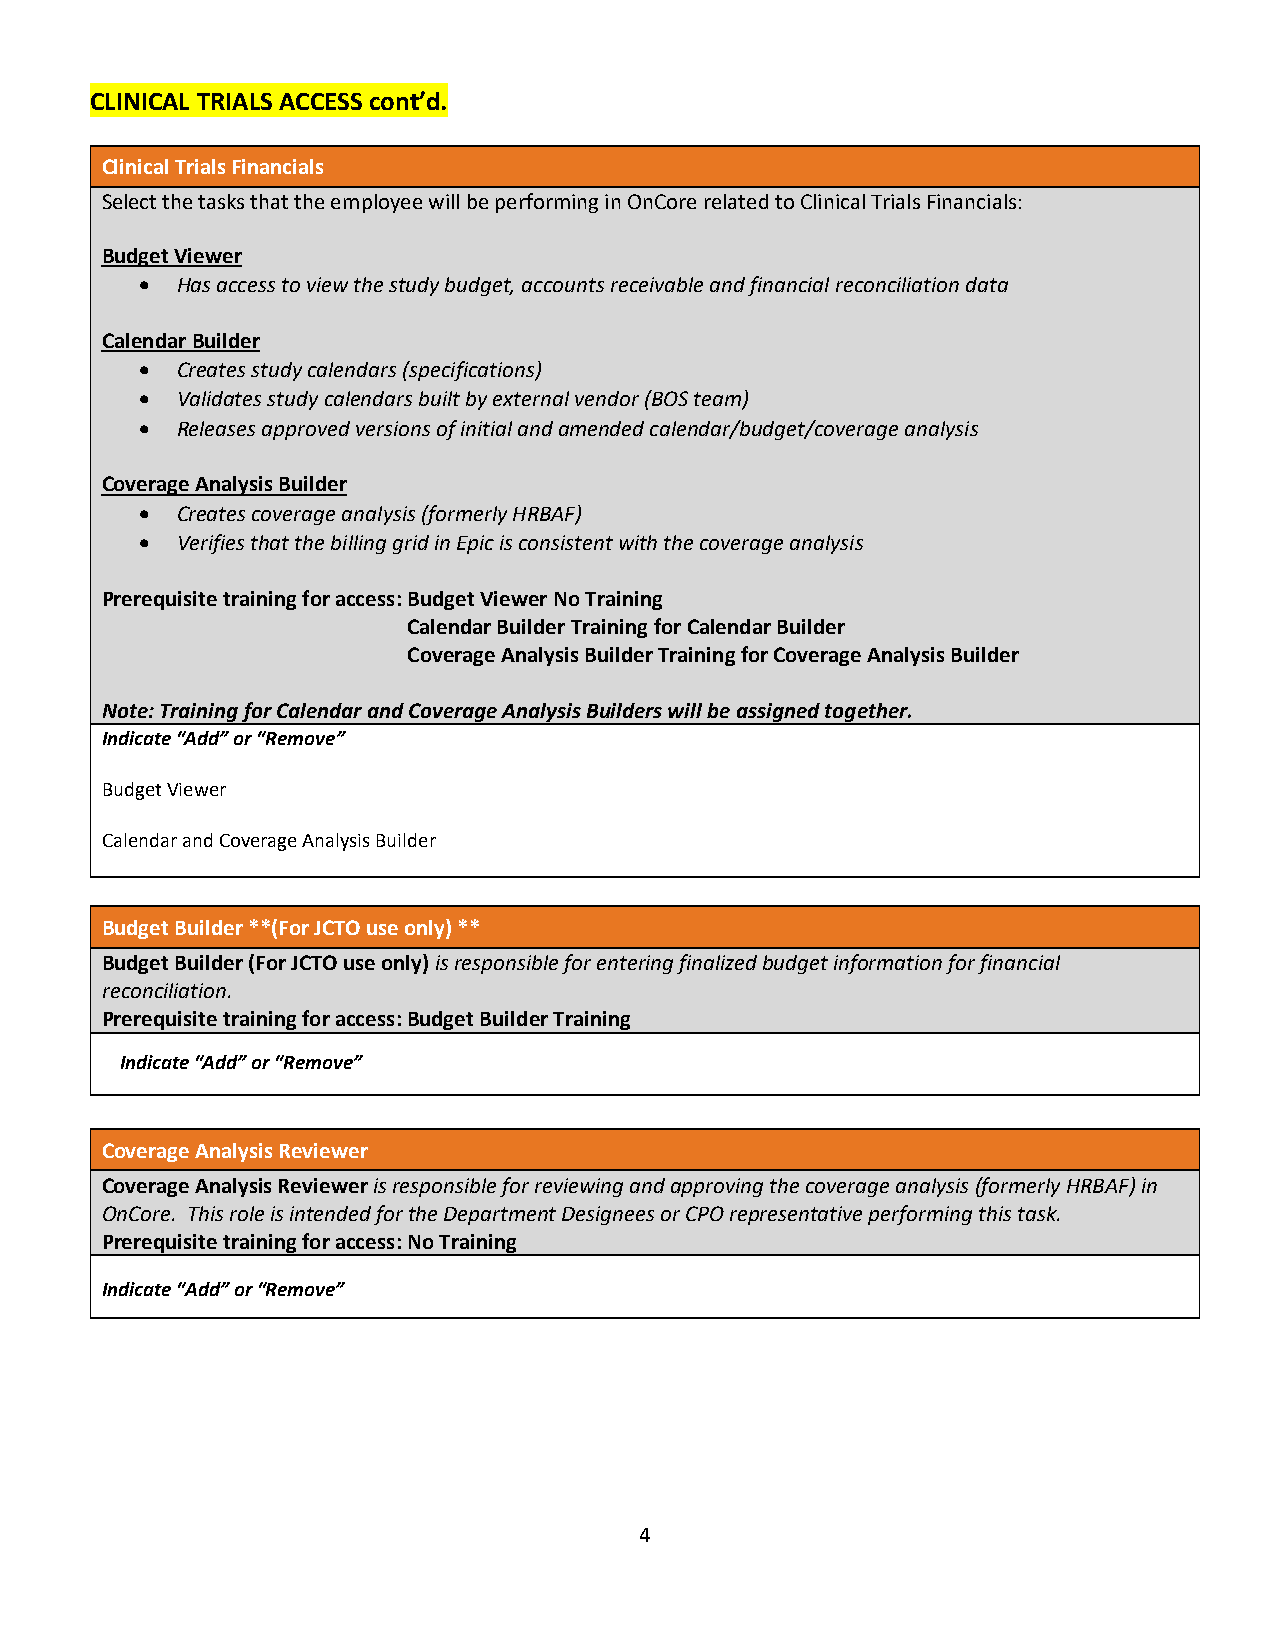
CLINICAL TRIALS ACCESS cont’d.
 Clinical Trials Financials
 Select the tasks that the employee will be performing in OnCore related to Clinical Trials Financials:
 Budget Viewer
 •  Has access to view the study budget, accounts receivable and financial reconciliation data
 Calendar Builder
 •  Creates study calendars (specifications)
 •  Validates study calendars built by external vendor (BOS team)
 •  Releases approved versions of initial and amended calendar/budget/coverage analysis
 Coverage Analysis Builder
 •  Creates coverage analysis (formerly HRBAF)
 •  Verifies that the billing grid in Epic is consistent with the coverage analysis
 Prerequisite training for access: Budget Viewer No Training
 Calendar Builder Training for Calendar Builder
 Coverage Analysis Builder Training for Coverage Analysis Builder
 Note: Training for Calendar and Coverage Analysis Builders will be assigned together.
 Indicate “Add” or “Remove”
 Budget Viewer
 Calendar and Coverage Analysis Builder
 Budget Builder **(For JCTO use only) **
 Budget Builder (For JCTO use only) is responsible for entering finalized budget information for financial
 reconciliation.
 Prerequisite training for access: Budget Builder Training
 Indicate “Add” or “Remove”
 Coverage Analysis Reviewer
 Coverage Analysis Reviewer is responsible for reviewing and approving the coverage analysis (formerly HRBAF) in
 OnCore. This role is intended for the Department Designees or CPO representative performing this task.
 Prerequisite training for access: No Training
 Indicate “Add” or “Remove”
 4